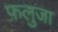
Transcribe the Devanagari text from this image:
फ़लुजा